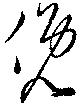
俛